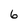
Character: 6